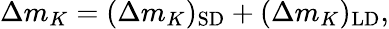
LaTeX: \Delta m_{K}=(\Delta m_{K})_{\mathrm{SD}}+(\Delta m_{K})_{\mathrm{LD}},